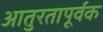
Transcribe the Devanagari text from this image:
आतुरतापूर्वक